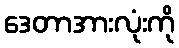
ဒေတာအားလုံးကို